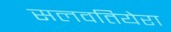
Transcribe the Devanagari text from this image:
सलवतियेरा